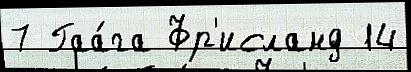
7 Гаа́га Фр'исланд 14